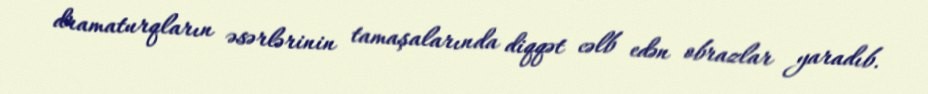
dramaturqların əsərlərinin tamaşalarında diqqət cəlb edən obrazlar yaradıb.